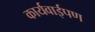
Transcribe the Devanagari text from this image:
कार्यवाईपण